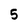
Character: 5